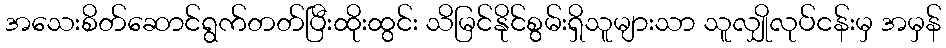
အသေးစိတ်ဆောင်ရွက်တတ်ပြီးထိုးထွင်း သိမြင်နိုင်စွမ်းရှိသူများသာ သူလျှိုလုပ်ငန်းမှ အမှန်